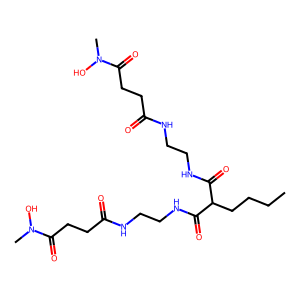
SMILES: CCCCC(C(=O)NCCNC(=O)CCC(=O)N(C)O)C(=O)NCCNC(=O)CCC(=O)N(C)O
Inhibits HIV replication: No